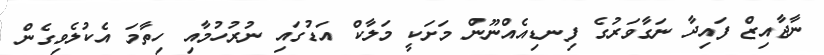
ނާޖާއިޒް ފައިދާ ނަގާވަރުގެ ފިނޑިއެއްނޫން މަށަކީ މަލާކް އަޑުގައި ނުރުހުމާއި ހިތާމަ އެކުލެވިގެން